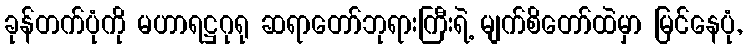
ခုန်တက်ပုံကို မဟာရဋ္ဌဂုရု ဆရာတော်ဘုရားကြီးရဲ့ မျက်စိတော်ထဲမှာ မြင်နေပုံ,